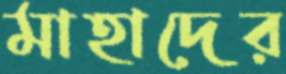
মাহাদের